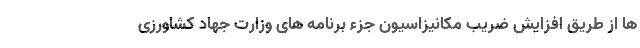
ها از طریق افزایش ضریب مکانیزاسیون جزء برنامه های وزارت جهاد کشاورزی